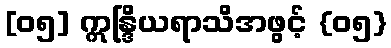
[၀၅] ဣန္ဒြိယရာသိအဖွင့် {၀၅}